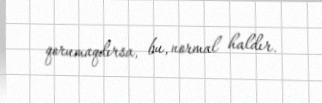
qorumaqdırsa, bu, normal haldır.